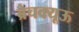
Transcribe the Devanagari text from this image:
ब्रेचक्यूऊ